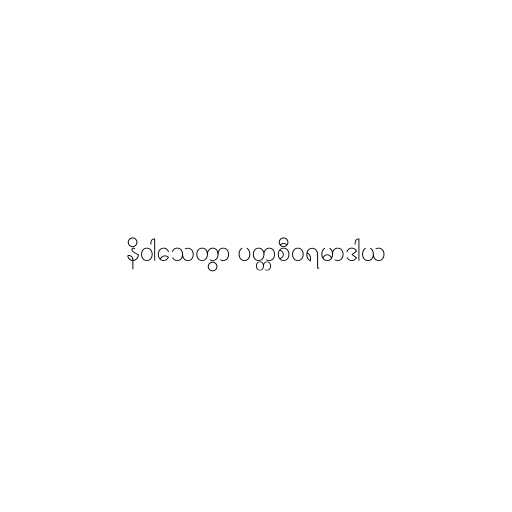
နိဝါသေတွာ ပတ္တစီဝရမာဒါယ